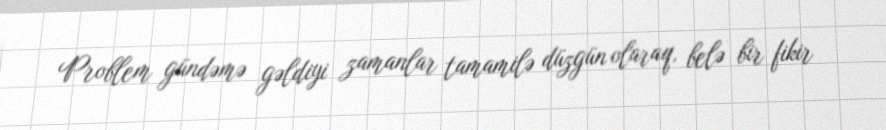
Problem gündəmə gəldiyi zamanlar tamamilə düzgün olaraq, belə bir fikir